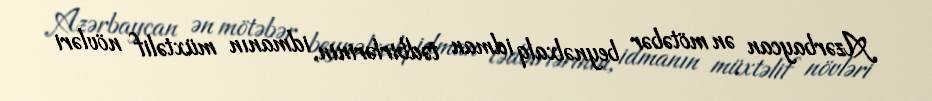
Azərbaycan ən mötəbər beynəlxalq idman tədbirlərinin, idmanın müxtəlif növləri